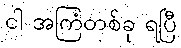
ငါ အကြံတစ်ခု ရပြီ